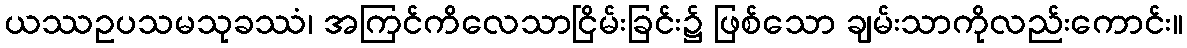
ယဿဥပသမသုခဿံ၊ အကြင်ကိလေသာငြိမ်းခြင်း၌ ဖြစ်သော ချမ်းသာကိုလည်းကောင်း။